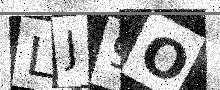
Text: LJ9O